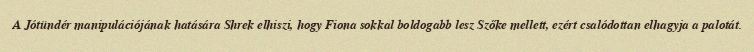
A Jótündér manipulációjának hatására Shrek elhiszi, hogy Fiona sokkal boldogabb lesz Szőke mellett, ezért csalódottan elhagyja a palotát.